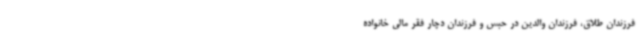
فرزندان طلاق، فرزندان والدین در حبس و فرزندان دچار فقر مالی خانواده